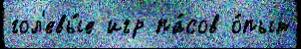
гол'евы́е игр па́сов о́пыт